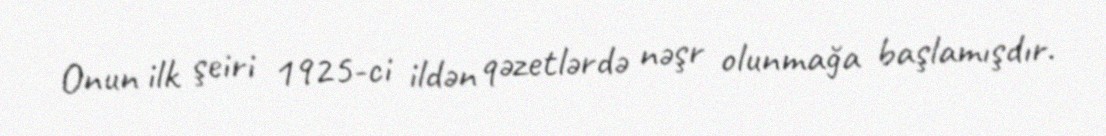
Onun ilk şeiri 1925-ci ildən qəzetlərdə nəşr olunmağa başlamışdır.